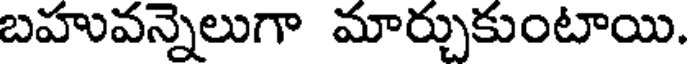
బహువన్నెలుగా మార్చుకుంటాయి.